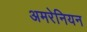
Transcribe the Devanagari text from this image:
अमरेनियन